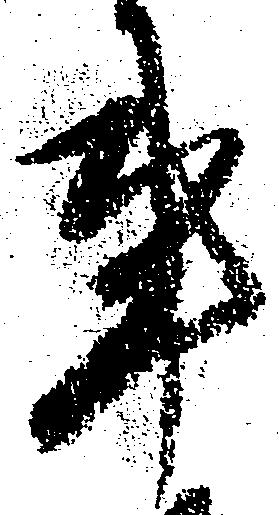
事